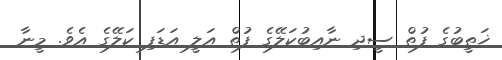
ޚަޠީބުގެ ފުތް ސީދި ނާއިބުކަލޭގެ ފުތް އަލީ އަޑަފި ކަލޭގެ އެވެ. މީނާ